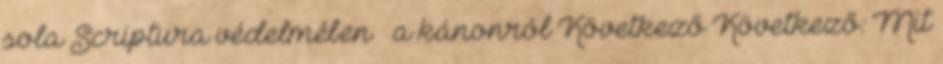
sola Scriptura védelmében – a kánonról Következő Következő: Mit